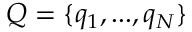
Q = \{ q _ { 1 } , . . . , q _ { N } \}